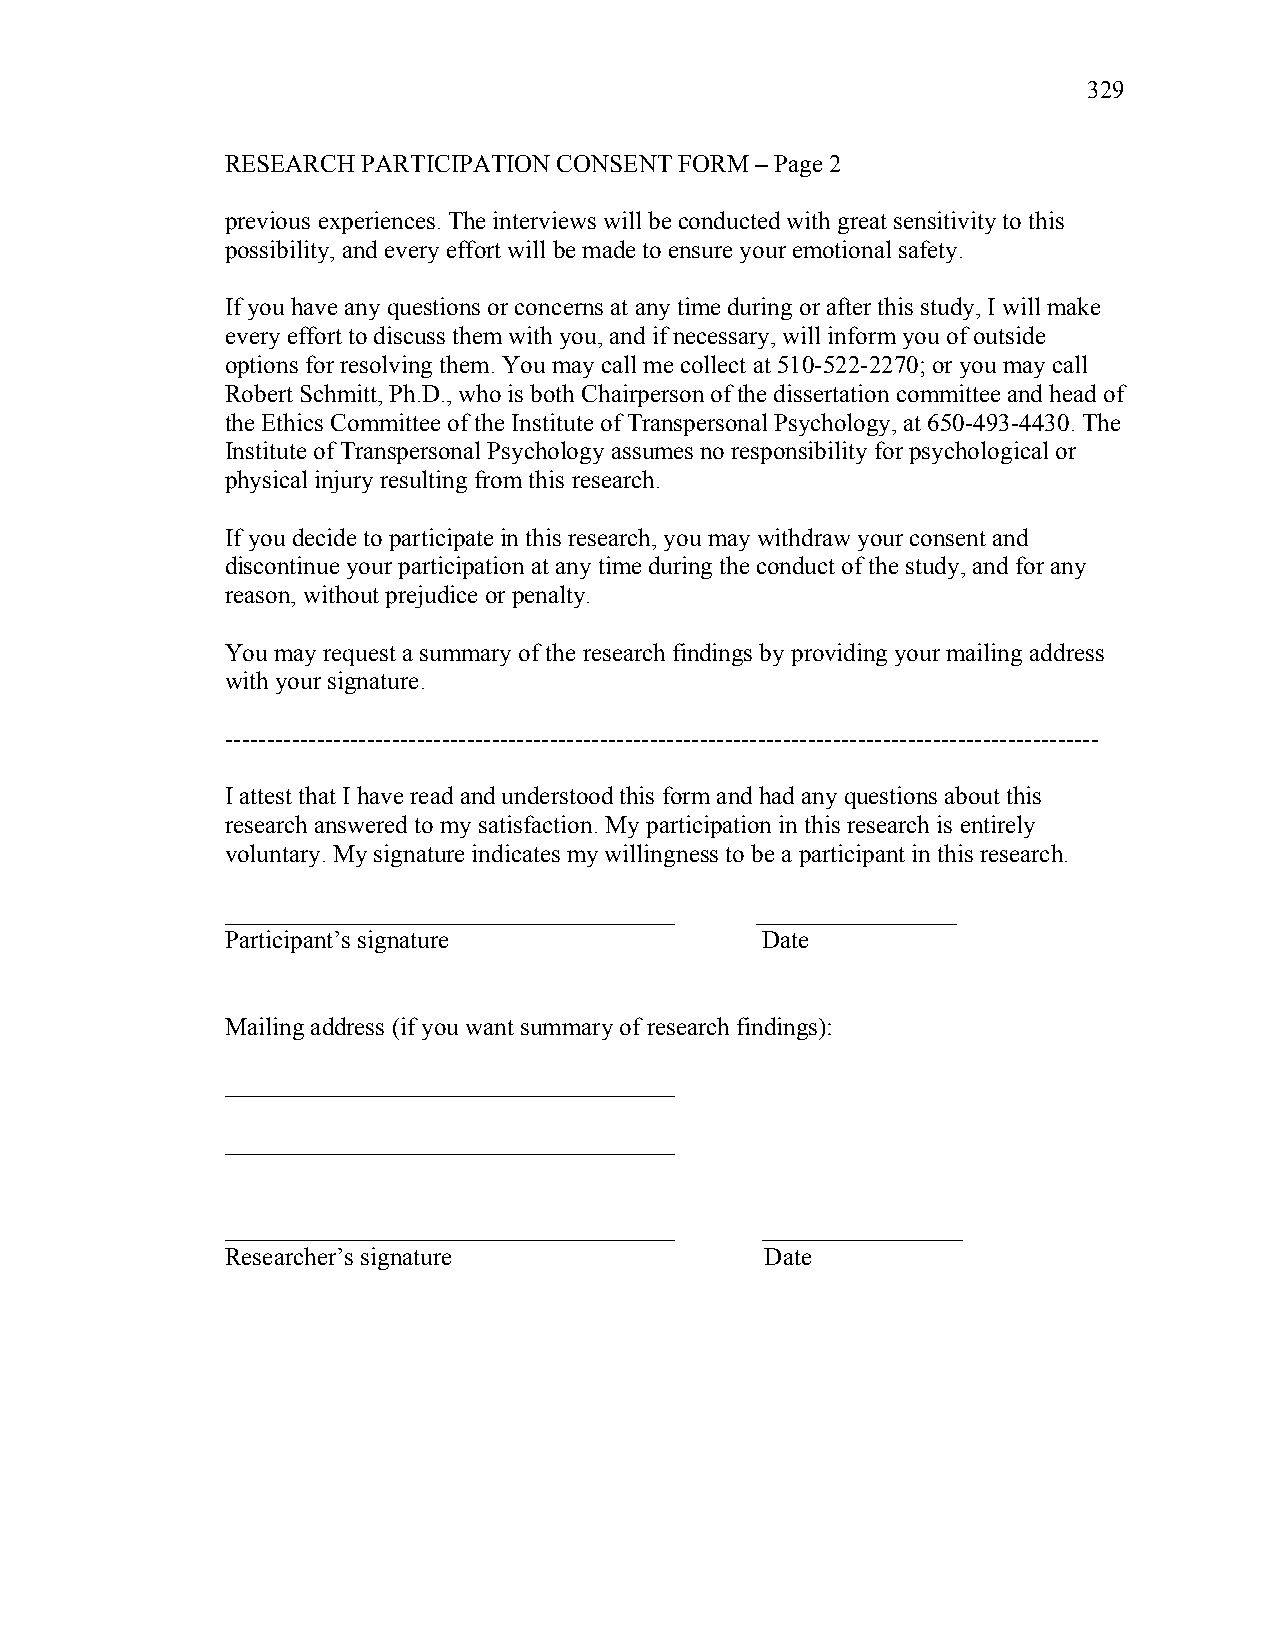
329
 RESEARCH PARTICIPATION CONSENT FORM – Page 2
 previous experiences. The interviews will be conducted with great sensitivity to this
 possibility, and every effort will be made to ensure your emotional safety.
 If you have any questions or concerns at any time during or after this study, I will make
 every effort to discuss them with you, and if necessary, will inform you of outside
 options for resolving them. You may call me collect at 510-522-2270; or you may call
 Robert Schmitt, Ph.D., who is both Chairperson of the dissertation committee and head of
 the Ethics Committee of the Institute of Transpersonal Psychology, at 650-493-4430. The
 Institute of Transpersonal Psychology assumes no responsibility for psychological or
 physical injury resulting from this research.
 If you decide to participate in this research, you may withdraw your consent and
 discontinue your participation at any time during the conduct of the study, and for any
 reason, without prejudice or penalty.
 You may request a summary of the research findings by providing your mailing address
 with your signature.
 ---------------------------------------------------------------------------------------------------------
 I attest that I have read and understood this form and had any questions about this
 research answered to my satisfaction. My participation in this research is entirely
 voluntary. My signature indicates my willingness to be a participant in this research.
 ____________________________________ ________________
 Participant’s signature            Date
 Mailing address (if you want summary of research findings):
 ____________________________________
 ____________________________________
 ____________________________________ ________________
 Researcher’s signature              Date